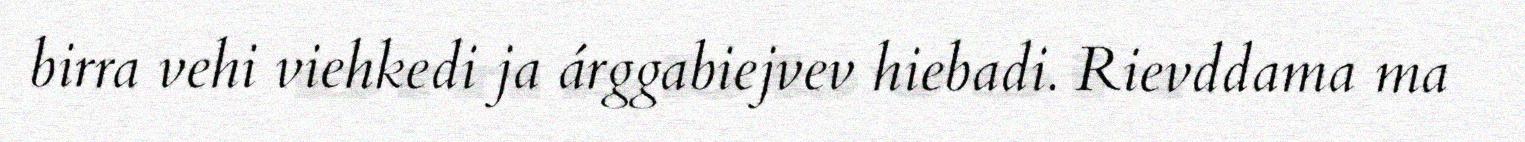
birra vehi viehkedi ja árggabiejvev hiebadi. Rievddama ma